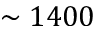
\sim 1 4 0 0